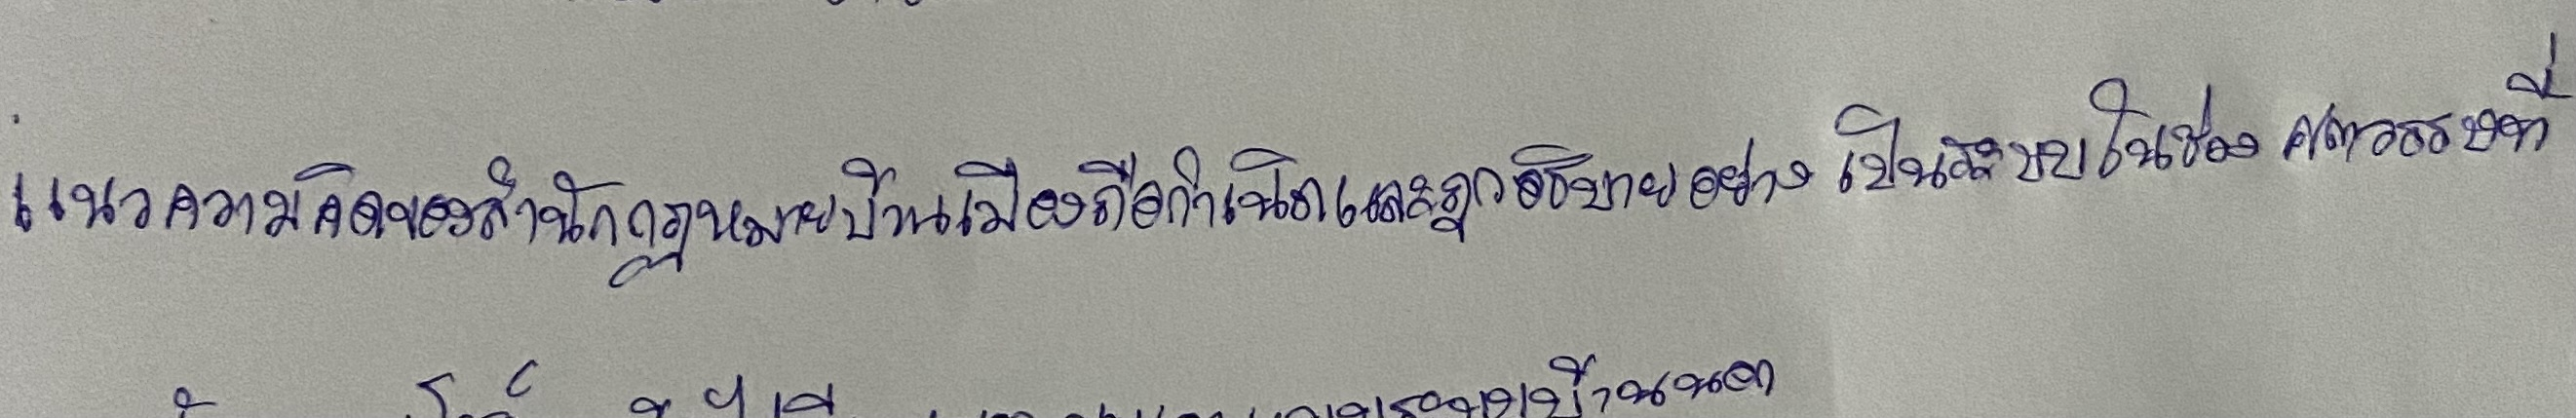
แนวความคิดของสำนักกฎหมายบ้านเมืองถือกำเนิดและถูกอธิบายอย่างเป็นระบบในช่วงศตวรรษที่